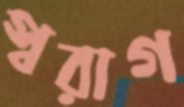
স্বরাগ